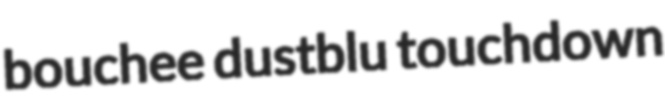
bouchee dustblu touchdown